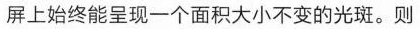
屏上始终能呈现一个面积大小不变的光斑。则